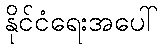
နိုင်ငံရေးအပေါ်